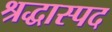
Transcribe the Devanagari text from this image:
श्रद्धास्पद